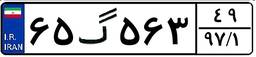
۶۵گ۵۶۳۴۹